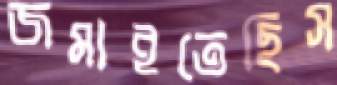
জমাইতেছিস